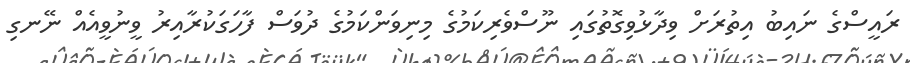
ރައީސްގެ ނައިބު އިތުރަށް ވިދާޅުވިގޮތުގައި ނޫސްވެރިކަމުގެ މިނިވަންކަމުގެ ދުވަސް ފާހަގަކުރާއިރު ވީނުވީއެއް ނޭނގި